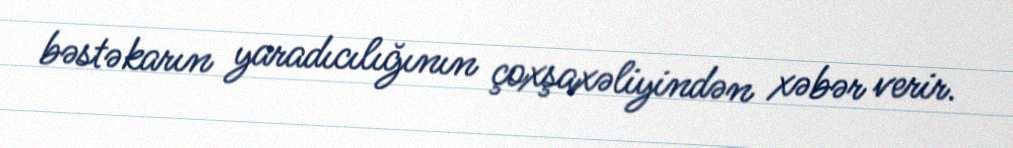
bəstəkarın yaradıcılığının çoxşaxəliyindən xəbər verir.